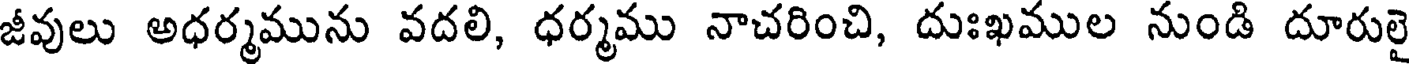
జీవులు అధర్మమును వదలి, ధర్మము నాచరించి, దుఃఖముల నుండి దూరులై